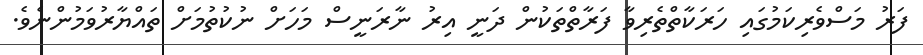
ފަރު މަސްވެރިކަމުގައި ހަރަކާތްތެރިވާ ފަރާތްތަކުން ދަނީ އިރު ނާރަނީސް މަހަށް ނުކުތުމަށް ތައްޔާރުވަމުންނެވެ.